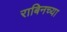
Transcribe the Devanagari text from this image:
राबिनच्या